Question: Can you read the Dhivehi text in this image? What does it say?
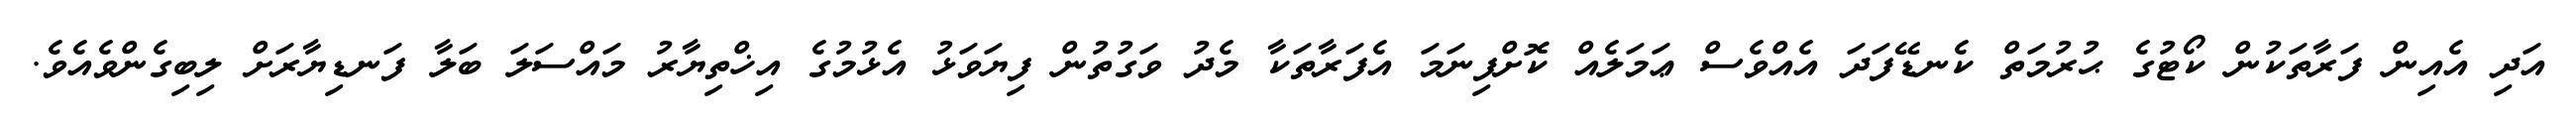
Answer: އަދި އެއިން ފަރާތަކުން ކޯޓުގެ ޙުރުމަތް ކެނޑޭފަދަ އެއްވެސް ޢަމަލެއް ކޮށްފިނަމަ އެފަރާތަކާ މެދު ވަގުތުން ފިޔަވަޅު އެޅުމުގެ އިޚްތިޔާރު މައްސަލަ ބަލާ ފަނޑިޔާރަށް ލިބިގެންވެއެވެ.